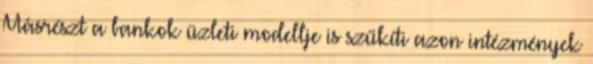
Másrészt a bankok üzleti modellje is szűkíti azon intézmények